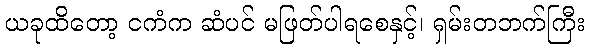
ယခုထိတော့ ငကံက ဆံပင် မဖြတ်ပါရစေနှင့်၊ ရှမ်းတဘက်ကြီး